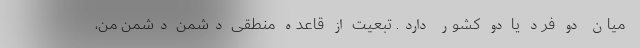
میان دو فرد یا دو کشور دارد. تبعیت از قاعده منطقی دشمنِ دشمنِ من،